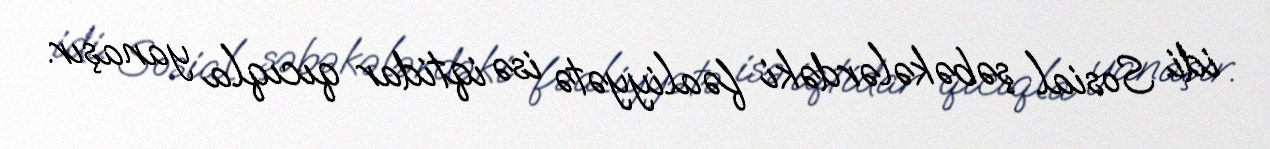
idi. Sosial şəbəkələrdəki fəaliyyətə isə iqtidar qıcıqla yanaşır.